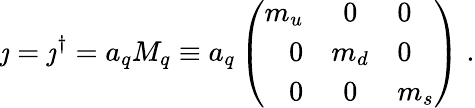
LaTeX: \jmath=\jmath^{\dagger}=a_{q}M_{q}\equiv a_{q}\left(\begin{array}{rcl}{{m_{u}}}&{{0}}&{{0}}\\ {{0}}&{{m_{d}}}&{{0}}\\ {{0}}&{{0}}&{{m_{s}}}\end{array}\right)\; .